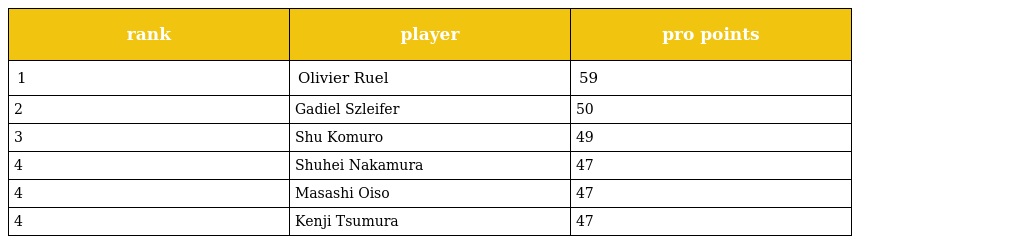
| rank | player | pro points |
 | --- | --- | --- |
 | 1 | Olivier Ruel | 59 |
 | 2 | Gadiel Szleifer | 50 |
 | 3 | Shu Komuro | 49 |
 | 4 | Shuhei Nakamura | 47 |
 | 4 | Masashi Oiso | 47 |
 | 4 | Kenji Tsumura | 47 |